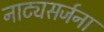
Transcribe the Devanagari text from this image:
नाट्यसर्जना